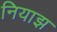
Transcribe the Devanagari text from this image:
नियाझ